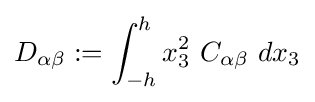
D_{\alpha \beta }:=\int _{-h}^{h}x_{3}^{2}~C_{\alpha \beta }~dx_{3}